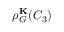
\rho _ { G } ^ { \bf K } ( C _ { 3 } )